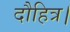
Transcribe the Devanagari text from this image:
दौहित्र।